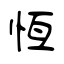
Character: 恆